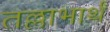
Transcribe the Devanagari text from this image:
तल्लाभार्थं